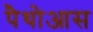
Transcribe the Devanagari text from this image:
पैथोआस